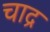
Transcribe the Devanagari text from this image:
चाद्र